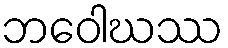
ဘဝေါဃဿ